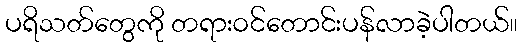
ပရိသတ်တွေကို တရားဝင်တောင်းပန်လာခဲ့ပါတယ်။